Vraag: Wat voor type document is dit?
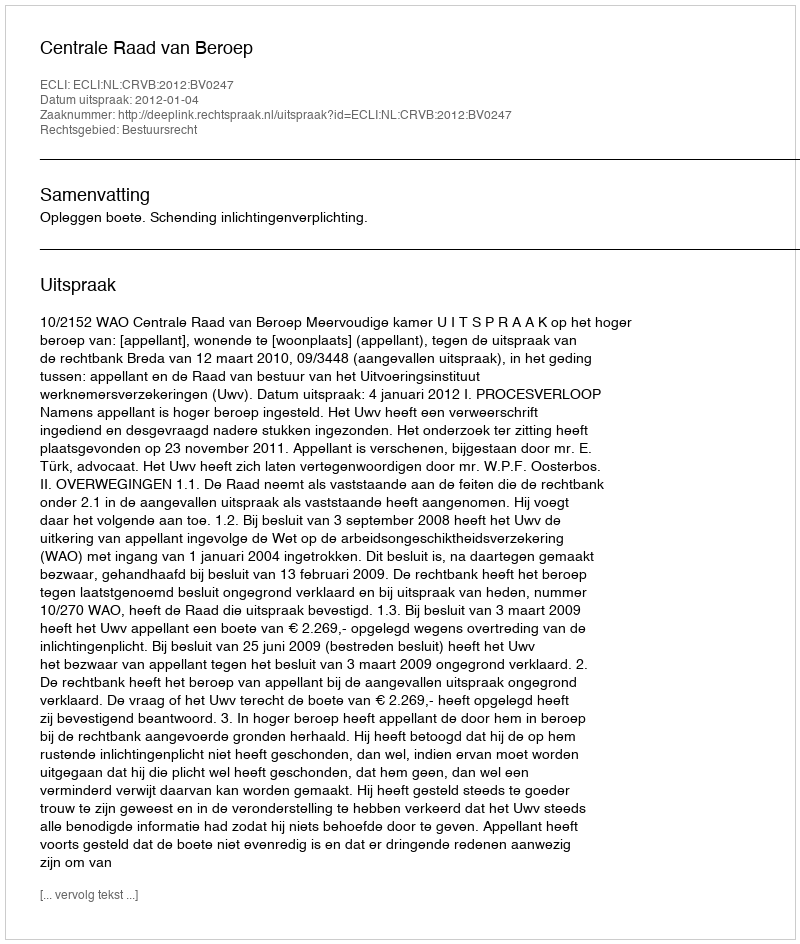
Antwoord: Uitspraak